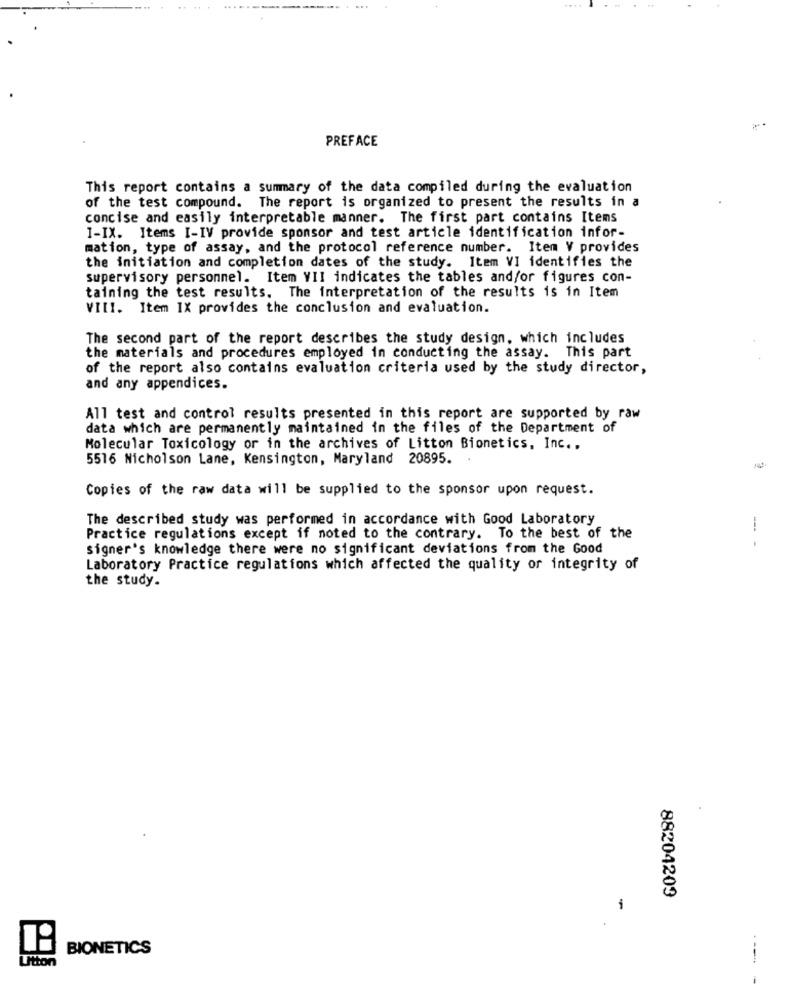
PREFACE
This report contains a summary of the data compiled during the evaluation
of the test compound. The report is organized to present the results in a
concise and easily interpretable manner. The first part contains Items
I-IX. Items I-IV provide sponsor and test article identification infor-
mation, type of assay, and the protocol reference number. Item V provides
the initiation and completion dates of the study. Item VI identifies the
supervisory personnel. Item VII indicates the tables and/or figures con-
taining the test results. The interpretation of the results is in Item
VIII. Item IX provides the conclusion and evaluation.
The second part of the report describes the study design, which includes
the materials and procedures employed in conducting the assay. This part
of the report also contains evaluation criteria used by the study director,
and any appendices.
All test and control results presented in this report are supported by raw
data which are permanently maintained in the files of the Department of
Molecular Toxicology or in the archives of Litton Bionetics, Inc ..
5516 Nicholson Lane, Kensington, Maryland 20895.
Copies of the raw data will be supplied to the sponsor upon request.
The described study was performed in accordance with Good Laboratory
Practice regulations except if noted to the contrary. To the best of the
signer's knowledge there were no significant deviations from the Good
Laboratory Practice regulations which affected the quality or integrity of
the study.
88204209
1
BIONETICS
Utton
---